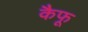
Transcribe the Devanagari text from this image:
कैफू